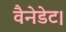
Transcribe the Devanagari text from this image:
वैनेडेट।